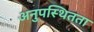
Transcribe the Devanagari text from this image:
अनुपस्थितता